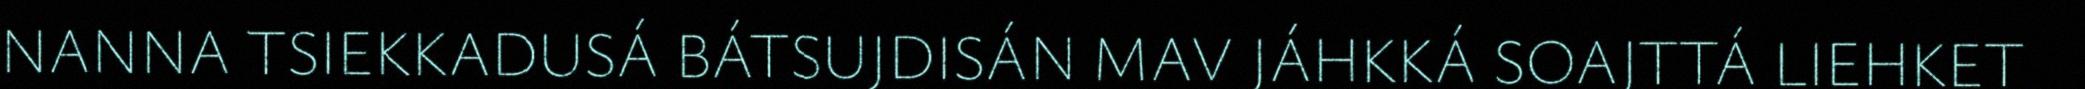
NANNA TSIEKKADUSÁ BÁTSUJDISÁN MAV JÁHKKÁ SOAJTTÁ LIEHKET